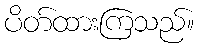
ပိတ်ထားကြသည်။